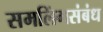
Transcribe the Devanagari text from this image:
समलिंगसंबंध